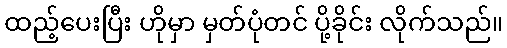
ထည့်ပေးပြီး ဟိုမှာ မှတ်ပုံတင် ပို့ခိုင်း လိုက်သည်။